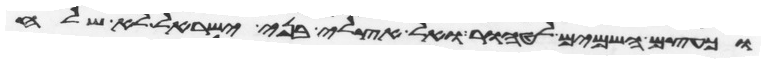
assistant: וכעצם השמים לטהור ואל אצלי בני ישראל לא שלח